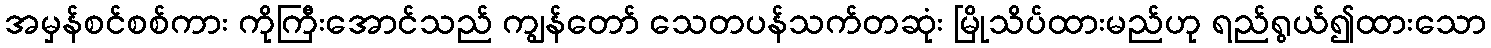
အမှန်စင်စစ်ကား ကိုကြီးအောင်သည် ကျွန်တော် သေတပန်သက်တဆုံး မြိုသိပ်ထားမည်ဟု ရည်ရွယ်၍ထားသော